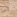
الى